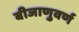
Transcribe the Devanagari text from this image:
बीजाणुवर्ण